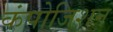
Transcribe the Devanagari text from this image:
कंपोजिशन